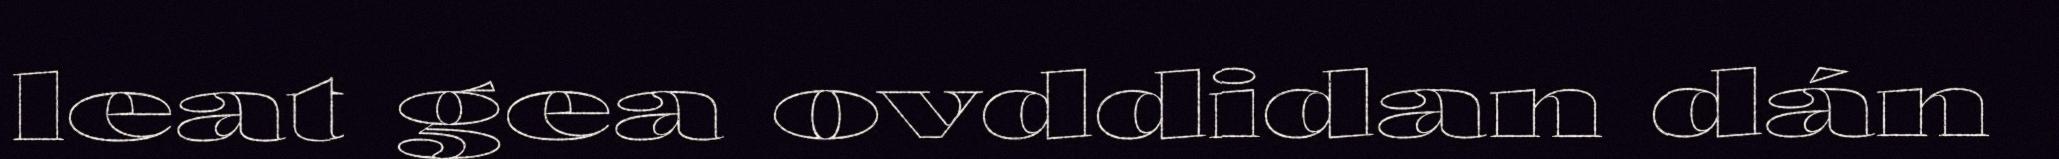
leat gea ovddidan dán